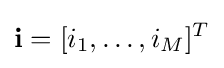
\mathbf {i} =[i_{1},\ldots ,i_{M}]^{T}